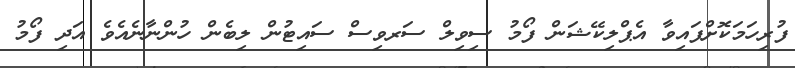
ފުރިހަމަކޮށްފައިވާ އެޕްލިކޭޝަން ފޯމު ސިވިލް ސަރވިސް ސައިޓުން ލިބެން ހުންނާނެއެވެ އަދި ފޯމު